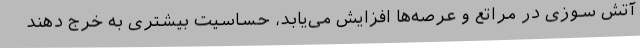
آتش سوزی در مراتع و عرصه‌ها افزایش می‌یابد، حساسیت بیشتری به خرج دهند